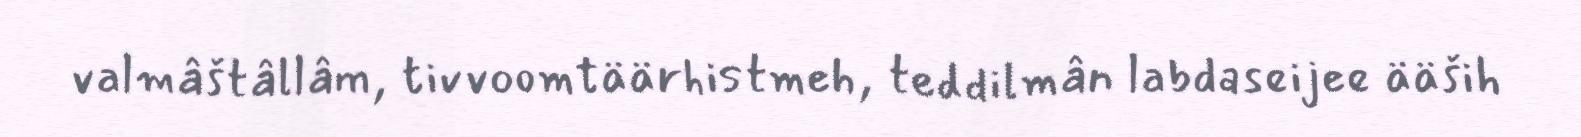
valmâštâllâm, tivvoomtäärhistmeh, teddilmân labdaseijee ääših